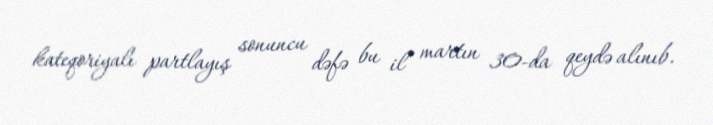
kateqoriyalı partlayış sonuncu dəfə bu il martın 30-da qeydə alınıb.